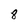
Character: 8